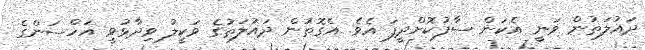
ދައުލަތުން ވަނީ އެކަން ސާފުކޮށްދީފަ އެވެ. އެގޮތުން ދައުލަތުގެ ވަކީލު ވިދާޅުވީ އަހްސަންގެ